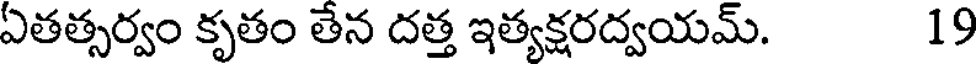
ఏతత్సర్వం కృతం తేన దత్త ఇత్యక్షరద్వయమ్. 19